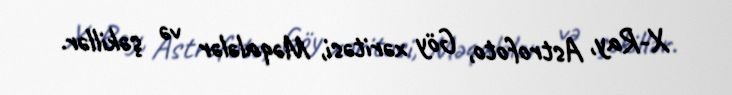
X-Ray, Astrofoto, Göy xəritəsi, Məqalələr və şəkillər.